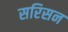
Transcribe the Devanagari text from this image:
सरिसन